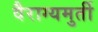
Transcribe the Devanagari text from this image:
वैराग्यमुर्ती